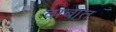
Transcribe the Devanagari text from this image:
दाबात